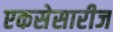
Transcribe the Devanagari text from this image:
एकसेसारीज